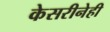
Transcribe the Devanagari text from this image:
केसरीनेही